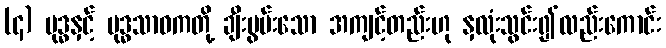
(၄) ဗုဒ္ဓနှင့် ဗုဒ္ဓသာဝကတို့ ချီးမွမ်းသော အကျင့်တည်းဟု နှလုံးသွင်း၍လည်းကောင်း